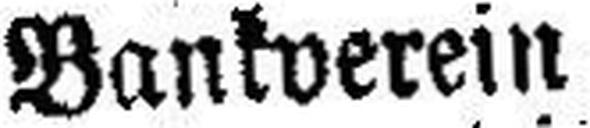
Bankverein